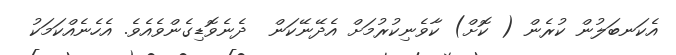
އެކަނބަލުން ކުރެން ( ކޮށް) ކާވެނިކުރުމަށް އެދޭނޭކަން  ދެނެވޮޑިގެންވެއެވެ. އެހެނެއްކަމަކު